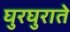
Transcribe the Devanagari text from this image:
घुरघुराते